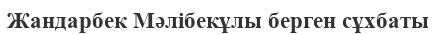
Жандарбек Мәлібекұлы берген сұхбаты